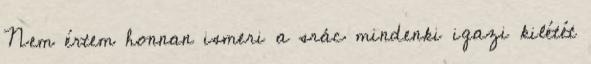
Nem értem honnan ismeri a srác mindenki igazi kilétét